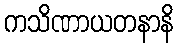
ကသိဏာယတနာနိ